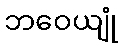
ဘဝေယျုံ